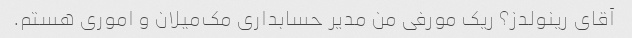
آقای رینولدز؟ ریک مورفی من مدیر حسابداری مک‌میلان و اموری هستم.